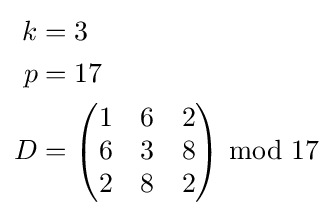
{\begin{aligned}k&=3\\p&=17\\D&={\begin{pmatrix}1&6&2\\6&3&8\\2&8&2\end{pmatrix}}\ \mathrm {mod} \ 17\end{aligned}}